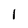
Character: 1